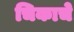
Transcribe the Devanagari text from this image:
चिकाचे